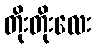
တိုးတိုးလေး